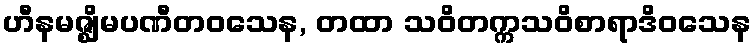
ဟီနမဇ္ဈိမပဏီတဝသေန, တထာ သဝိတက္ကသဝိစာရာဒိဝသေန